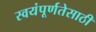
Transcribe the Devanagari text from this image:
स्वयंपूर्णतेसाठी